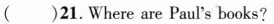
()21.Where are Paul's books?